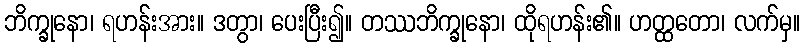
ဘိက္ခုနော၊ ရဟန်းအား။ ဒတွာ၊ ပေးပြီး၍။ တဿဘိက္ခုနော၊ ထိုရဟန်း၏။ ဟတ္ထတော၊ လက်မှ။